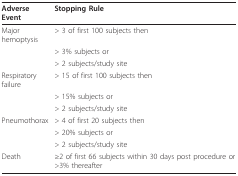
<table><thead><tr><td><b>Adverse Event</b></td><td><b>Stopping Rule</b></td></tr></thead><tbody><tr><td>Major hemoptysis</td><td>&gt; 3 of first 100 subjects then</td></tr><tr><td></td><td>&gt; 3% subjects or</td></tr><tr><td></td><td>&gt; 2 subjects/study site</td></tr><tr><td>Respiratory failure</td><td>&gt; 15 of first 100 subjects then</td></tr><tr><td></td><td>&gt; 15% subjects or</td></tr><tr><td></td><td>&gt; 2 subjects/study site</td></tr><tr><td>Pneumothorax</td><td>&gt; 4 of first 20 subjects then</td></tr><tr><td></td><td>&gt; 20% subjects or</td></tr><tr><td></td><td>&gt; 2 subjects/study site</td></tr><tr><td>Death</td><td>≥2 of first 66 subjects within 30 days post procedure or &gt;3% thereafter</td></tr></tbody></table>